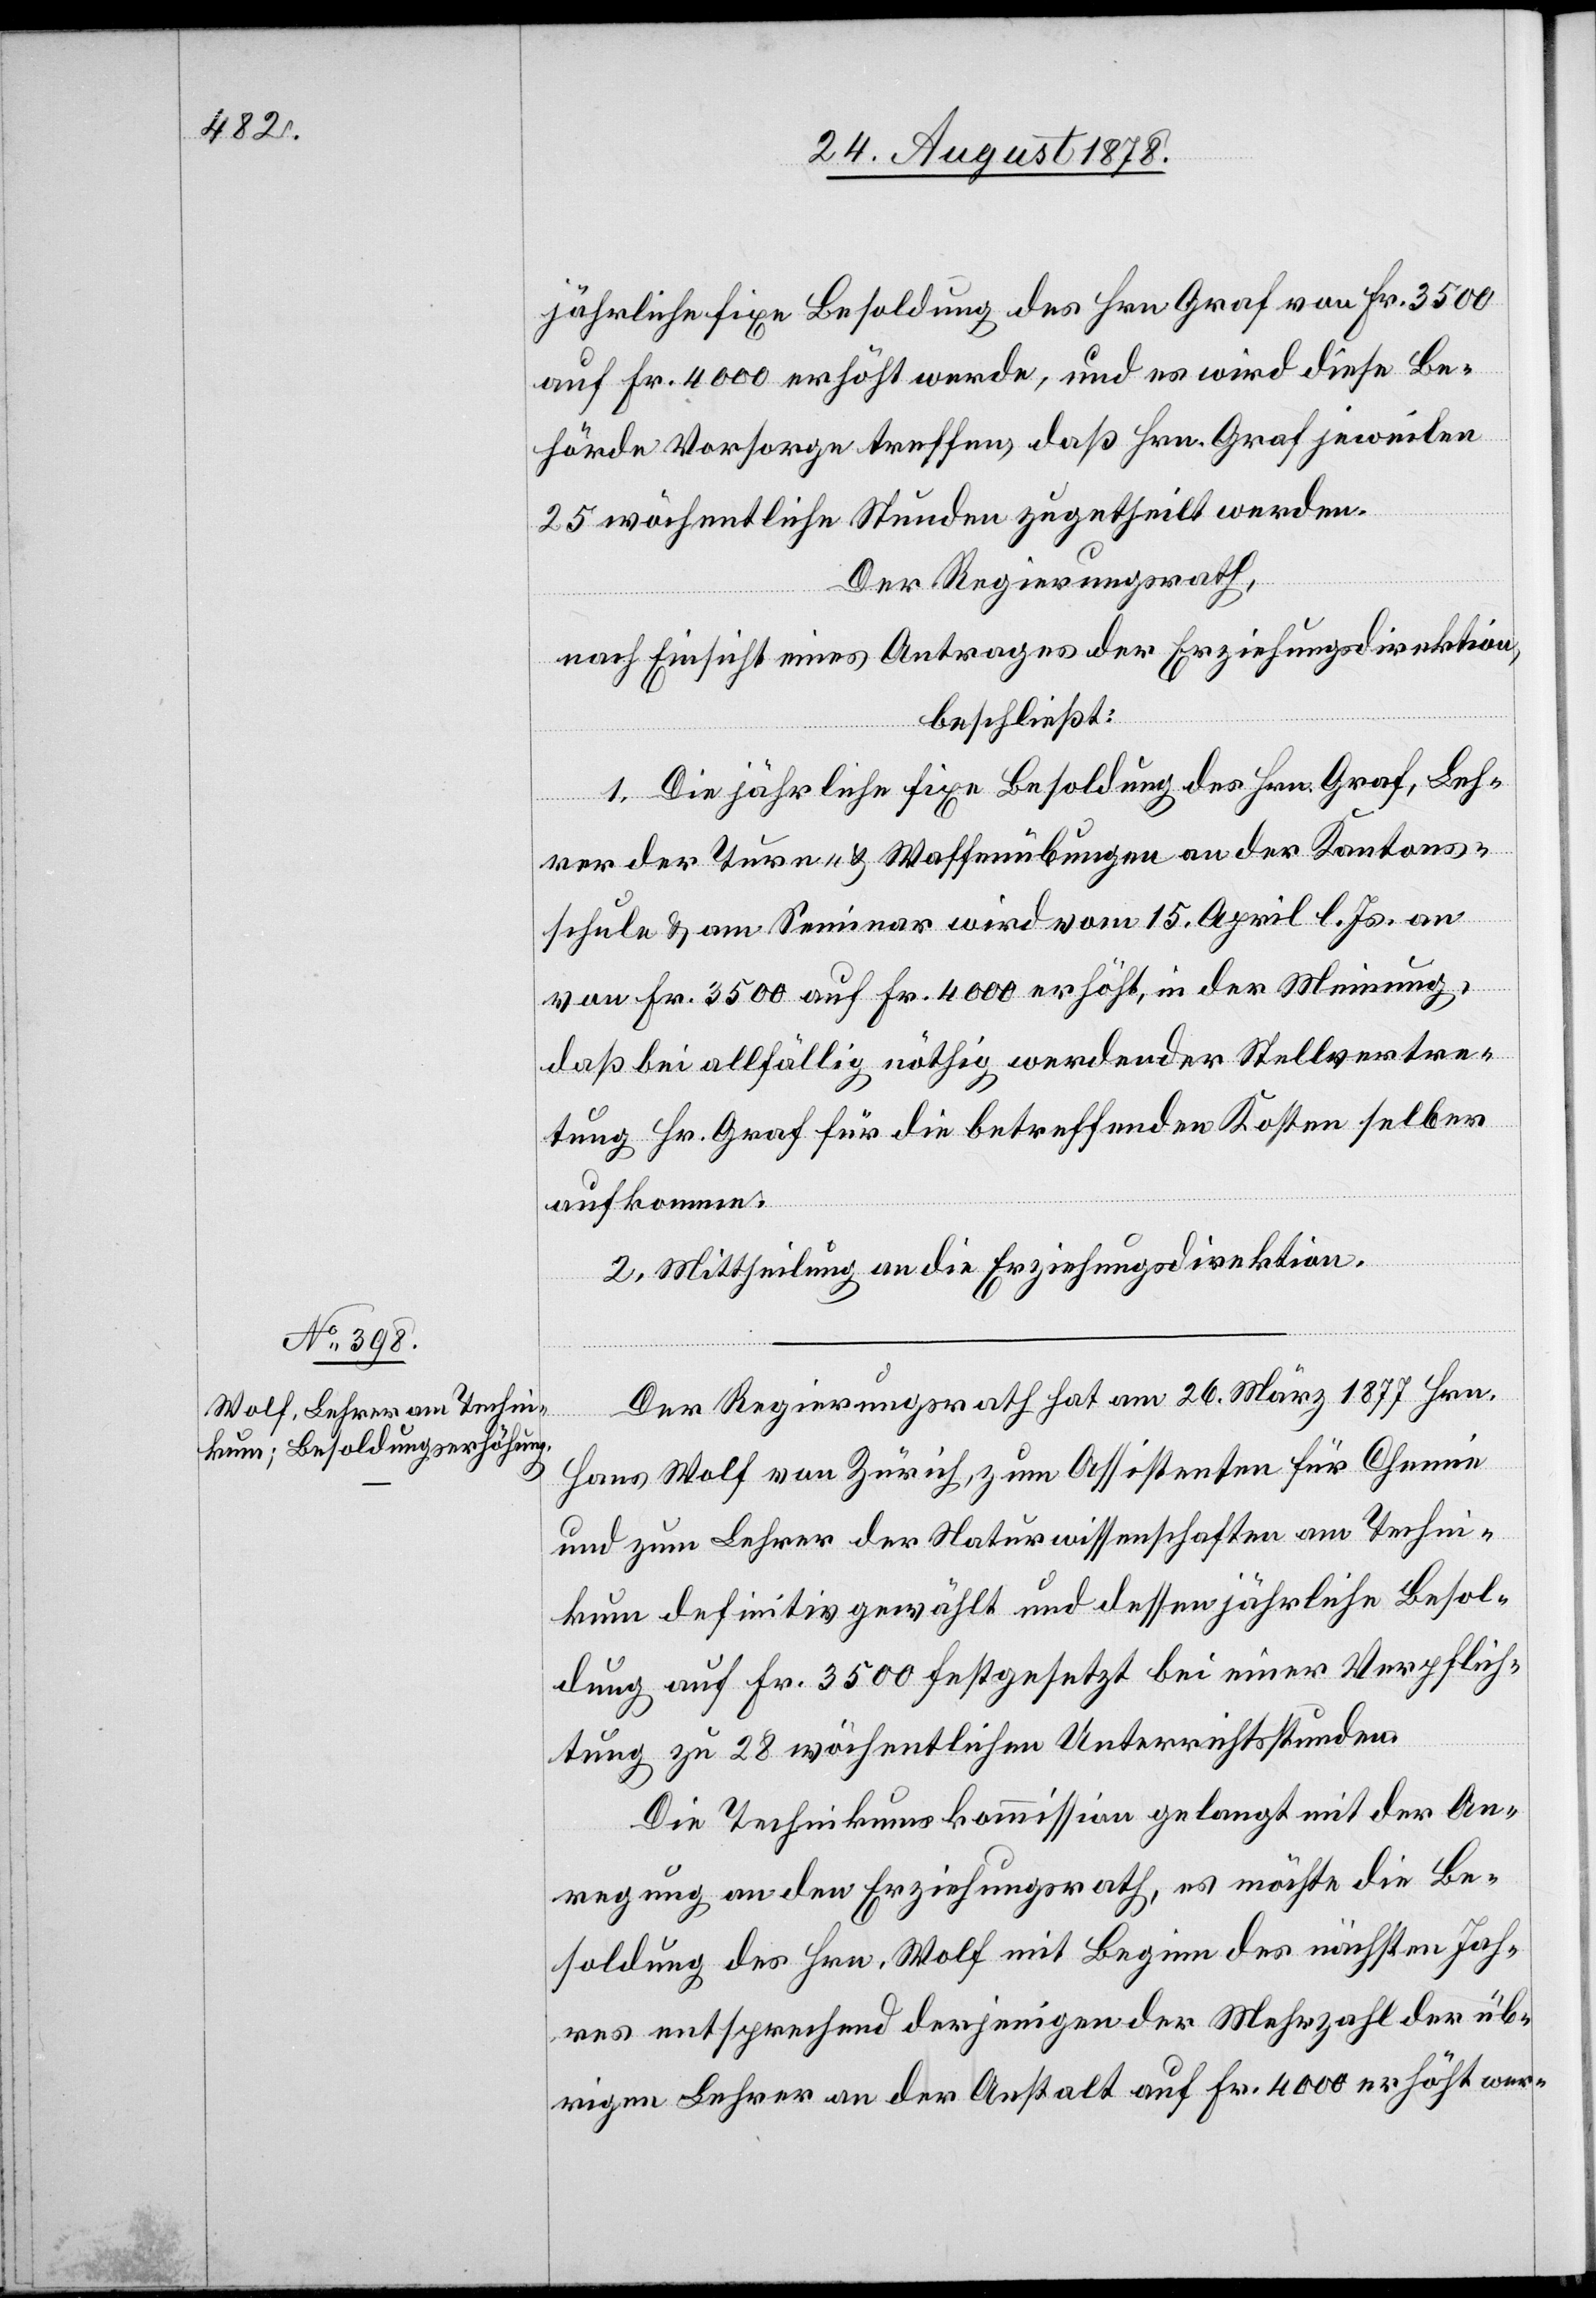
jährliche fixe Besoldung des Hrn. Graf von Fr. 3500
auf Fr. 4000 erhöht werde, und es wird diese Be¬
hörde Vorsorge treffen, daß Hr. Graf jeweilen
25 wöchentliche Stunden zugetheilt werden.
Der Regierungsrath,
nach Einsicht eines Antrages der Erziehungsdirektion,
beschließt:
1. Die jährliche fixe Besoldung des Hrn. Graf, Leh¬
rer der Turn- & Waffenübungen an der Kantons¬
schule & am Seminar wird vom 15. April l. Js. an
von Fr. 3500 auf Fr. 4000 erhöht, in der Meinung,
daß bei allfällig nöthig werdender Stellvertre¬
tung Hr. Graf für die betreffenden Kosten selber
aufkomme.
2. Mittheilung an die Erziehungsdirektion.
Der Regierungsrath hat am 26. März 1877 Hrn.
Hans Wolf von Zürich, zum Assistenten für Chemie
und zum Lehrer der Naturwissenschaften am Techni¬
kum definitiv gewählt und dessen jährliche Besol¬
dung auf Fr. 3500 festgesetzt bei einer Verpflich¬
tung zu 28 wöchentlichen Unterrichtsstunden.
Die Technikumskommission gelangt mit der An¬
regung an den Erziehungsrath, es möchte die Be¬
soldung des Hrn. Wolf mit Beginn des nächsten Jah¬
res entsprechend derjenigen der Mehrzahl der üb¬
rigen Lehrer an der Anstalt auf Fr. 4000 erhöht wer-